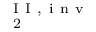
_ { \mathrm { ~ 2 ~ } } ^ { \mathrm { ~ I ~ I ~ , ~ i ~ n ~ v ~ } }